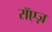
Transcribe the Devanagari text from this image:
रॉएज़